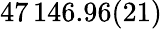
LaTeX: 47\, 146.96(21)